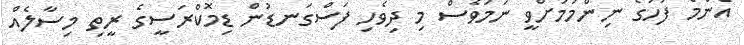
އެންމެ ފަހުގެ ނިންމުމަށްވީ ނަމަވެސް މި ދިވެހި ފަސްގަނޑުން ޑިމޮކްރަސީގެ ރީތި މިސާލެއް